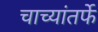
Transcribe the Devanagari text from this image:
चाच्यांतर्फे